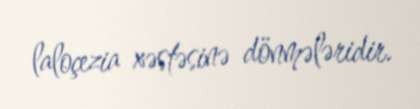
laloçezia xəstəsinə dönmələridir.